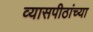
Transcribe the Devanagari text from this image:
व्यासपीठांच्या